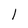
Character: 1